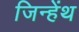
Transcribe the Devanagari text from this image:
जिन्हेंथ